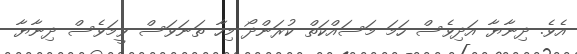
އެވެ. ދިނާޔާ އަދިވެސް ހަމަ މަސައްކަތް ކުރަންދޯ މިހާ ތަނަވަސް ވީމަވެސް ދިނާޔާ